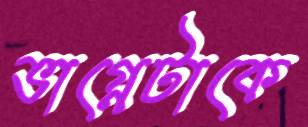
ভাগ্নেটাকে